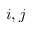
i , j